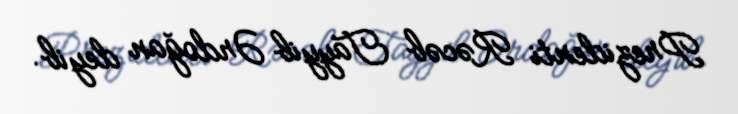
Prezidenti Rəcəb Tayyib Ərdoğan deyib.